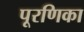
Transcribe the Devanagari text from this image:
पूरणिका